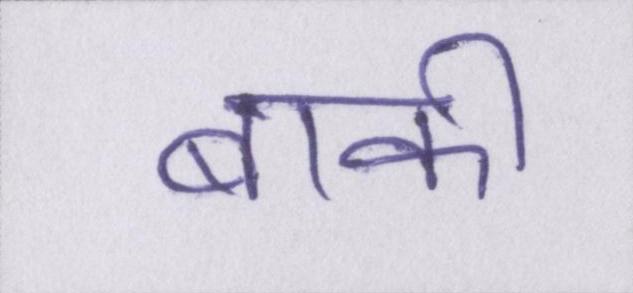
बाक़ी